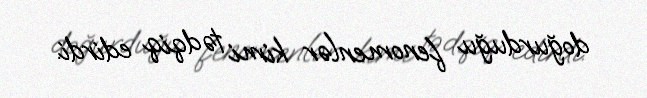
doğurduğu fenomenlər kimi tədqiq edirdi.